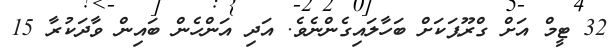
32 ޓީމް އަށް ގްރޫޕަކަށް ބަހާލައިގެންނެވެ. އަދި އަންހެން ބައިން ވާދަކުރާ 15